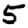
Digit: 5